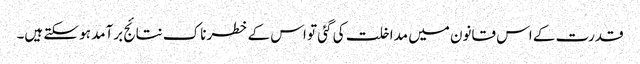
قدرت کے اس قانون میں مداخلت کی گئی تو اس کے خطرناک نتائج برآمد ہو سکتے ہیں۔